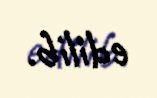
edilib.